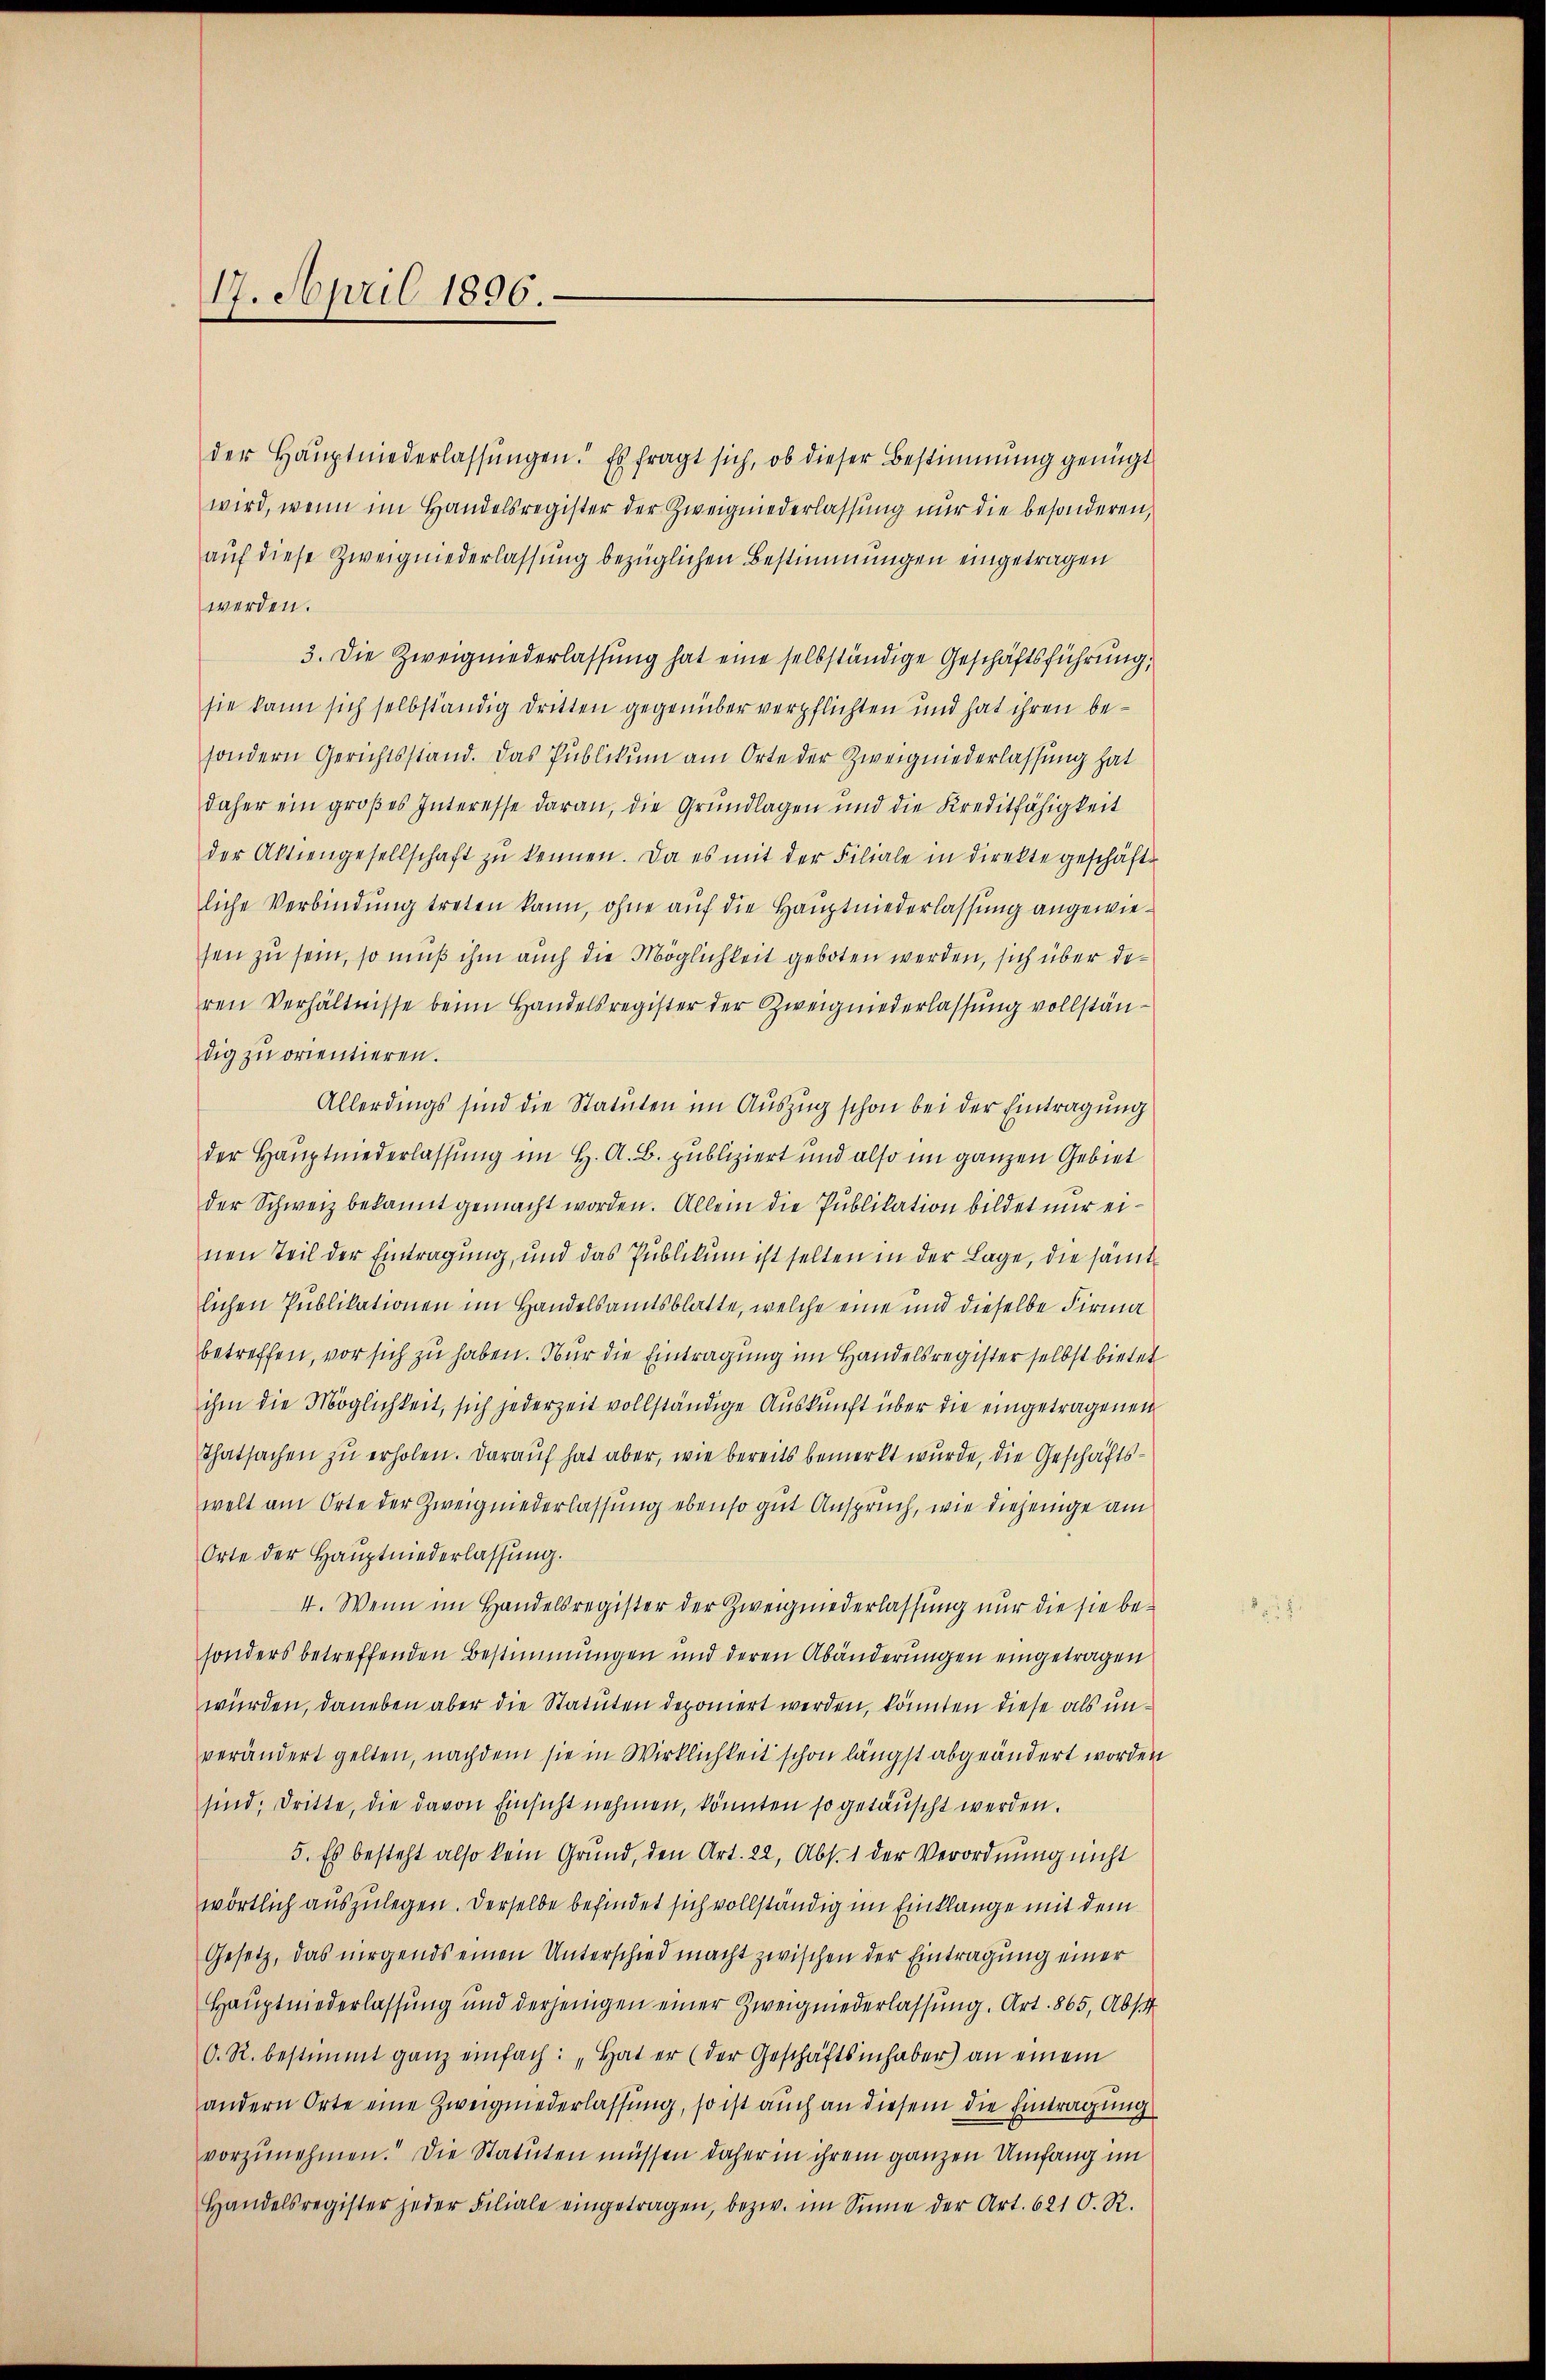
17. April 1896.

der Haŭptniederlassŭngen. Es fragt sich, ob dieser Bestimmung genügt
wird, wenn im Handelsregister der Zweigniederlassung nur die besonderen,
auf diese Zweigniederlassung bezüglichen Bestimmungen eingetragen
werden.
3. Die Zweigniederlassung hat eine selbständige Geschäftsführung,
sie kann sich selbständig dritten gegenüber verpflichten und hat ihren besondern Gerichtsstand. Das Publikum am Orte der Zweigniederlassung hat
daher ein groβes Interesse daran, die Grundlagen und die Kreditfähigkeit
der Aktiengesellschaft zŭ kennen. Da es mit der Filiale in direkte geschäftliche Verbindung treten kann, ohne auf die Hauptniederlassung angewiesen zu sein, so muß ihm auch die Möglichkeit geboten werden, sich über deren Verhältnisse beim Handelsregister der Zweigniederlassung vollständig zu orientieren.
Allerdings sind die Statuten im Auszug schon bei der Eintragung
der Hauptniederlassung im H. A. B. publiziert und also im ganzen Gebiet
der Schweiz bekannt gemacht worden. Allein die Publikation bildet nur einen Teil der Eintragung, und das Publikum ist selten in der Lage, die sämtlichen Publikationen im Handelsamtsblatte, welche eine und dieselbe Firma
betreffen, vor sich zu haben. Nur die Eintragung im Handelsregister selbst bietet
ihm die Möglichkeit, sich jederzeit vollständige Auskunft über die eingetragenen
Thatsachen zŭ erholen. Darauf hat aber, wie bereits bemerkt wurde, die Geschäftswelt am Orte der Zweigniederlassung ebenso gut Anspruch, wie diejenige am
Orte der Hauptniederlassung.
I. Wenn im Handelsregister der Zweigniederlassung nur die sie be-
sonders betreffenden Bestimmungen und deren Abänderungen eingetragen
würden, daneben aber die Statuten deponiert werden, könnten diese als unverändert gelten, nachdem sie in Wirklichkeit schon längst abgeändert worden
sind; dritte, die davon Einsicht nehmen, könnten so getäuscht werden.
5. Es besteht also kein Grund, den Art. 22, Abs. 1 der Verordnung nicht
wörtlich auszulegen. Derselbe befindet sich vollständig im Einklange mit dem
Gesetz, das nirgends einen Unterschied macht zwischen der Eintragung einer
Hauptwiederlassung und derjenigen einer Zweigniederlassung. Art. 865, Abst
O. R. bestimmt ganz einfach: „Hat er (der Geschäftsinhaber an einem
andern Orte eine Zweigniederlassung, so ist auch an diesem die Eintragung
vorzunehmen. Die Statuten müssen daher in ihrem ganzen Umfang im
Handelsregister jeder Filiale eingetragen, bezw. im Sinne der Art. 621 O. R.